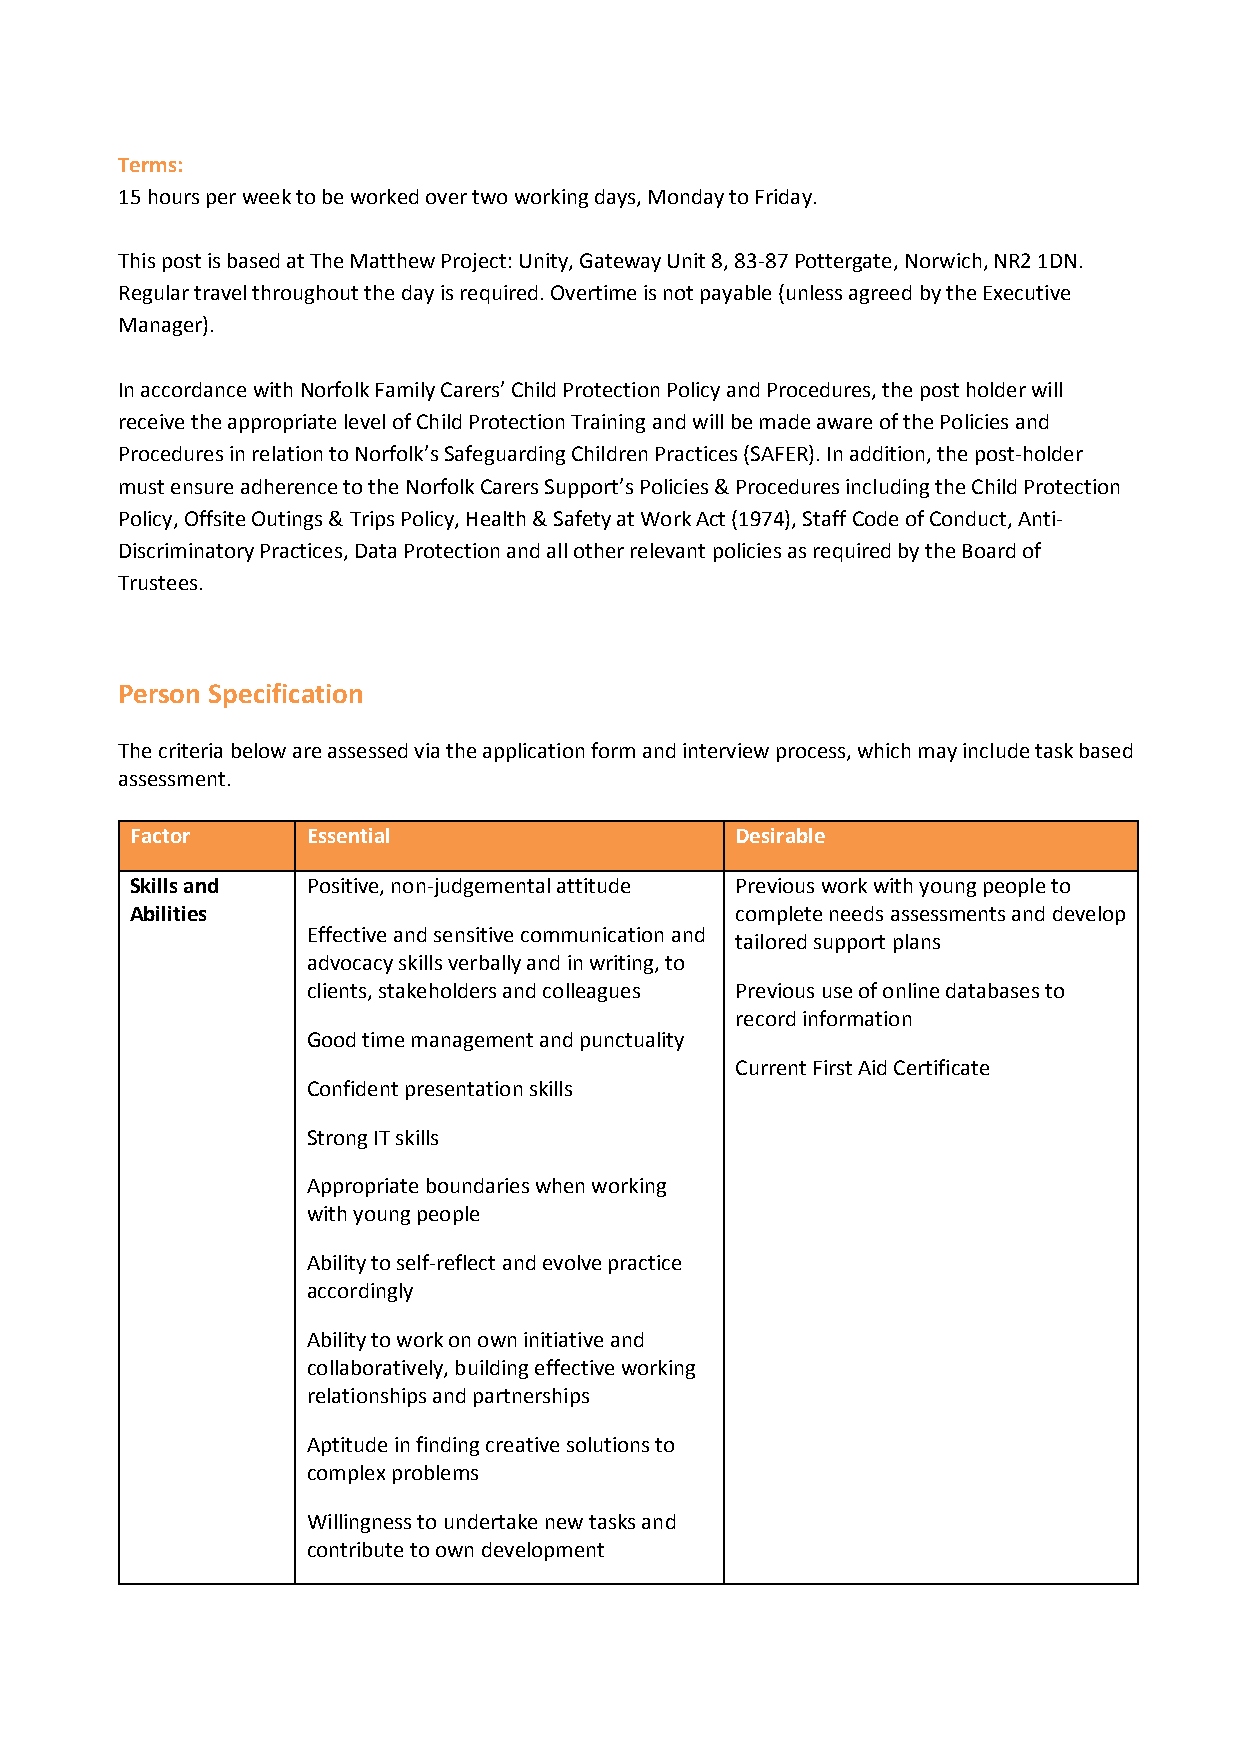
Terms:
 15 hours per week to be worked over two working days, Monday to Friday.
 This post is based at The Matthew Project: Unity, Gateway Unit 8, 83-87 Pottergate, Norwich, NR2 1DN.
 Regular travel throughout the day is required. Overtime is not payable (unless agreed by the Executive
 Manager).
 In accordance with Norfolk Family Carers’ Child Protection Policy and Procedures, the post holder will
 receive the appropriate level of Child Protection Training and will be made aware of the Policies and
 Procedures in relation to Norfolk’s Safeguarding Children Practices (SAFER). In addition, the post-holder
 must ensure adherence to the Norfolk Carers Support’s Policies & Procedures including the Child Protection
 Policy, Offsite Outings & Trips Policy, Health & Safety at Work Act (1974), Staff Code of Conduct, Anti-
 Discriminatory Practices, Data Protection and all other relevant policies as required by the Board of
 Trustees.
 Person Specification
 The criteria below are assessed via the application form and interview process, which may include task based
 assessment.
 Factor     Essential                    Desirable
 Skills and Positive, non-judgemental attitude Previous work with young people to
 Abilities                               complete needs assessments and develop
 Effective and sensitive communication and
 tailored support plans
 advocacy skills verbally and in writing, to
 clients, stakeholders and colleagues Previous use of online databases to
 record information
 Good time management and punctuality
 Current First Aid Certificate
 Confident presentation skills
 Strong IT skills
 Appropriate boundaries when working
 with young people
 Ability to self-reflect and evolve practice
 accordingly
 Ability to work on own initiative and
 collaboratively, building effective working
 relationships and partnerships
 Aptitude in finding creative solutions to
 complex problems
 Willingness to undertake new tasks and
 contribute to own development